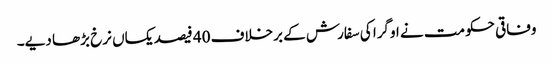
وفاقی حکومت نے اوگرا کی سفارش کے برخلاف 40 فیصد یکساں نرخ بڑھا دیے۔